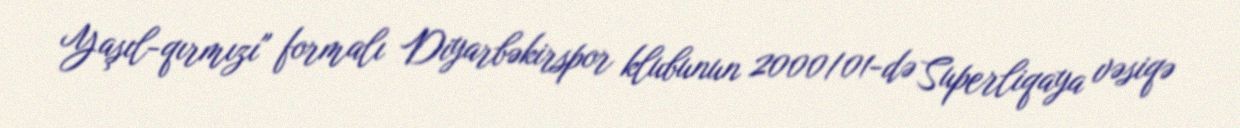
Yaşıl-qırmızı" formalı Diyarbəkirspor klubunun 2000/01-də Superliqaya vəsiqə